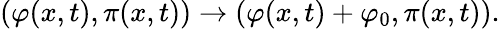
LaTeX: \left(\varphi(x,t),\pi(x,t)\right)\to\left(\varphi(x,t)+\varphi_{0},\pi(x,t)\right).